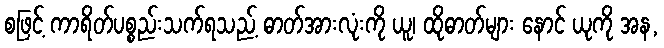
စဖြင့် ကာရိတ်ပစ္စည်းသက်ရသည့် ဓာတ်အားလုံးကို ယူ၊ ထိုဓာတ်များ နောင် ယုကို အန,